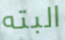
البته